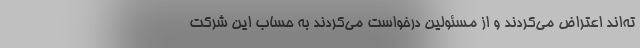
ته‌اند اعتراض می‌کردند و از مسئولین درخواست می‌کردند به حساب این شرکت